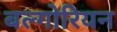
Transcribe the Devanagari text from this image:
बल्गोरियन